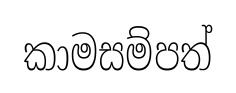
කාමසම්පත්